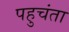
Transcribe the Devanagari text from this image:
पहुचंता